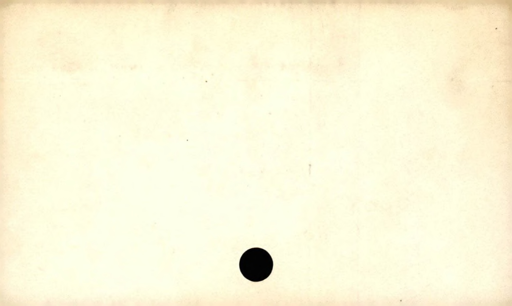
Label: blank